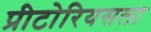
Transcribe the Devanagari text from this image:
प्रीटोरियसला